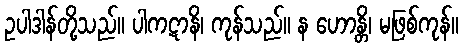
ဥပါဒါန်တို့သည်။ ပါကဋာနိ၊ ကုန်သည်။ န ဟောန္တိ၊ မဖြစ်ကုန်။